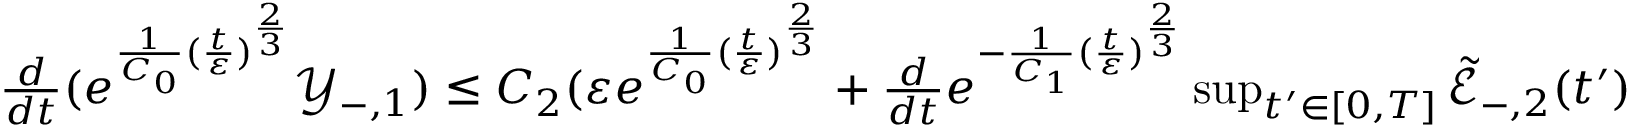
\begin{array} { r } { \frac { d } { d t } ( e ^ { \frac { 1 } { C _ { 0 } } ( \frac { t } { \varepsilon } ) ^ { \frac { 2 } { 3 } } } \mathscr Y _ { - , 1 } ) \leq C _ { 2 } ( \varepsilon e ^ { \frac { 1 } { C _ { 0 } } ( \frac { t } { \varepsilon } ) ^ { \frac { 2 } { 3 } } } + \frac { d } { d t } e ^ { - \frac { 1 } { C _ { 1 } } ( \frac { t } { \varepsilon } ) ^ { \frac { 2 } { 3 } } } \operatorname* { s u p } _ { t ^ { \prime } \in [ 0 , T ] } { \widetilde { \mathscr E } _ { - , 2 } ( t ^ { \prime } ) } } \end{array}